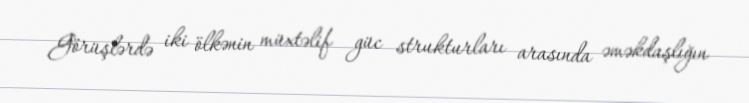
Görüşlərdə iki ölkənin müxtəlif güc strukturları arasında əməkdaşlığın